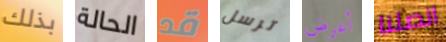
بذلك الحالة قد ترسل أعرض اتصلنا